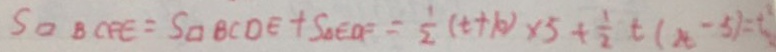
S _ { \square B C F E } = S _ { \square B C D E } + S _ { \Delta E D F } = \frac { 1 } { 2 } ( t + 1 0 ) \times 5 + \frac { 1 } { 2 } t ( 2 t - 5 ) = t ^ { 2 }